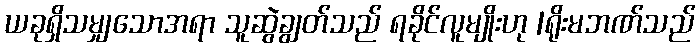
ယခုရှိသမျှသောအရာ သူဆွဲချွတ်သည် ရခိုင်လူမျိုးဟု |ရိုးမဘဏ်သည်